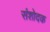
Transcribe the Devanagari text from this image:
संशोदक